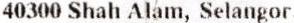
40300 SHAH ALAM, SELANGOR.